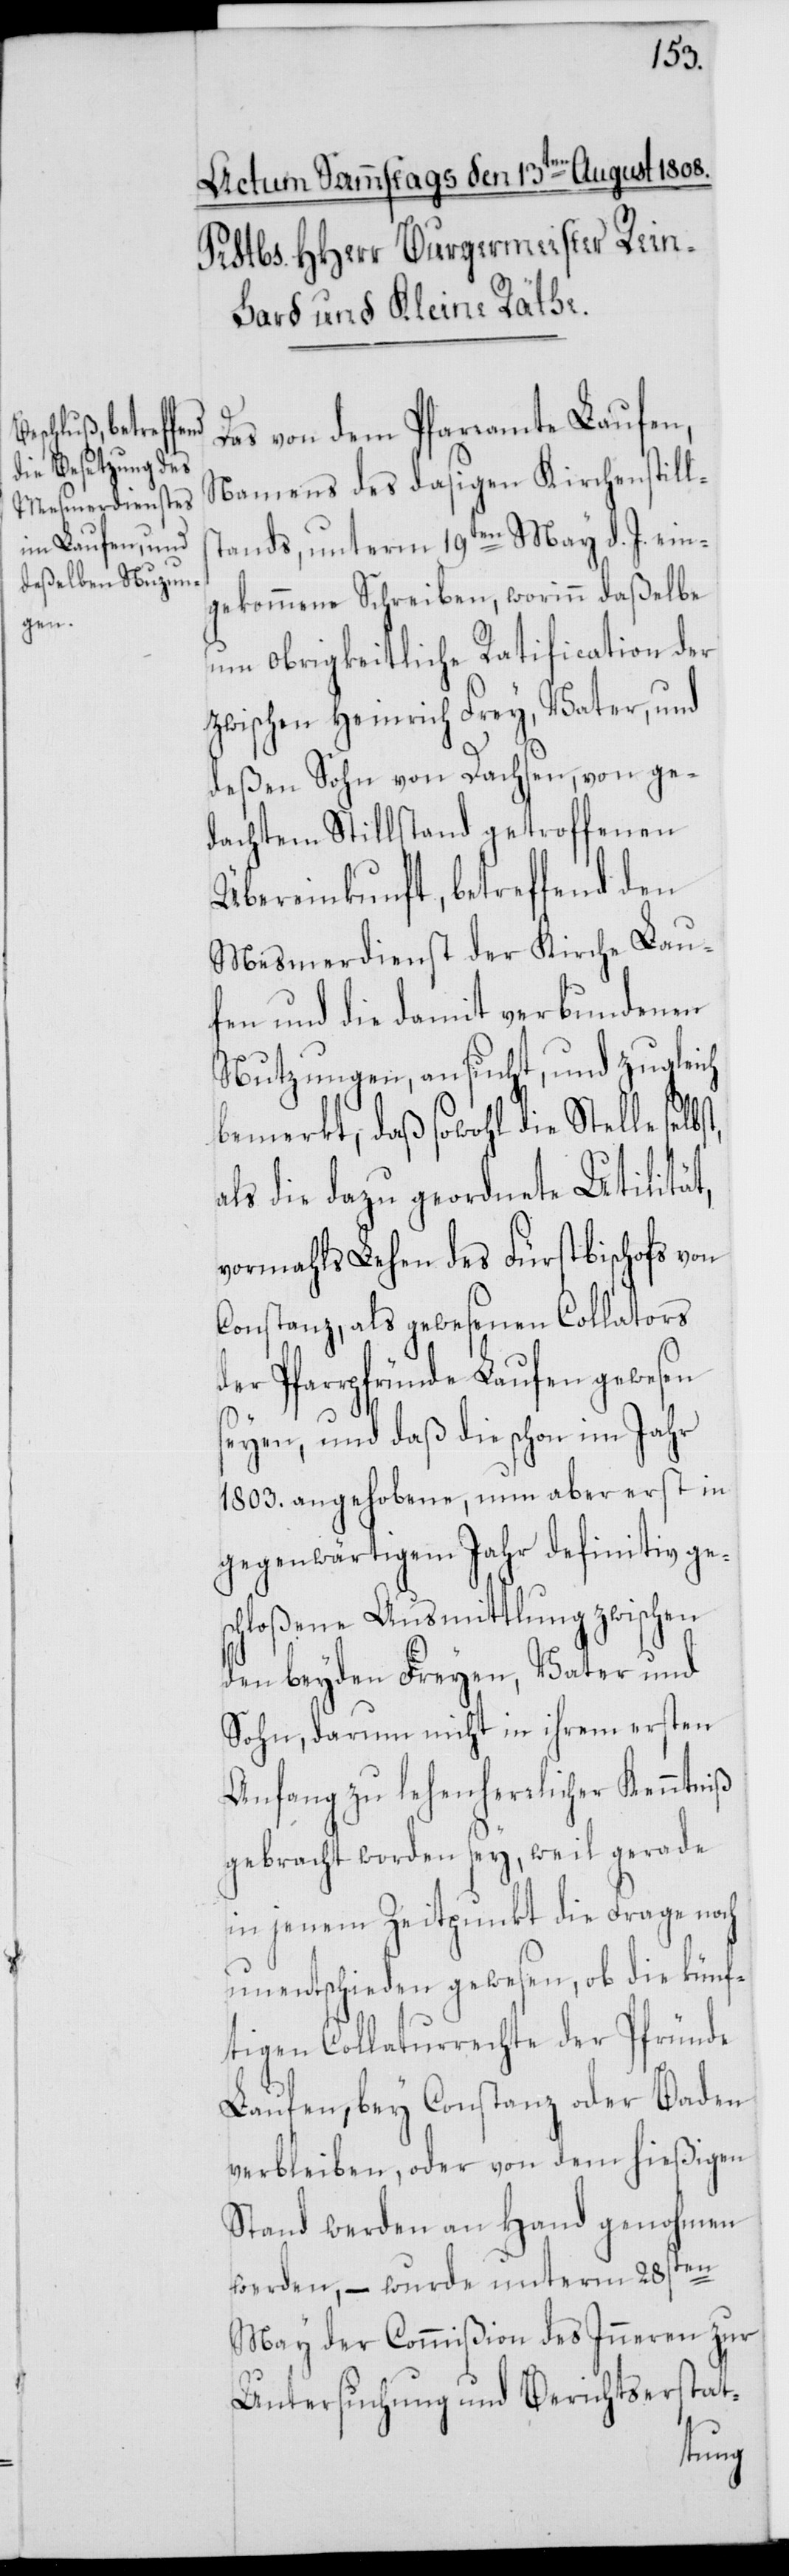
Das von dem Pfarramte Laufen,
Namens des dasigen Kirchenstills¬
tands, unterm 19ten May d. J. ein¬
gekommene Schreiben, worinn daßelbe
um obrigkeitliche Ratification der
zwischen Heinrich Frey, Vater, und
deßen Sohn von Dachsen, von ge¬
dachtem Stillstand getroffenen
Übereinkunft, betreffend den
Mesmerdienst der Kirche Lau¬
fen und die damit verbundenen
Nutzungen, ansucht, und zugleich
bemerkt, daß sowohl die Stelle
als die dazu geordnete Utilität,
vormahls Lehen des Fürstbischofs von
Constanz, als gewesenen Collators
der Pfarrpfründe Laufen gewesen
seyen, und daß die schon im Jahr
1803. angehobene, nun aber erst in
gegenwärtigem Jahr definitiv ge¬
schloßene Ausmittlung zwischen
den beyden Freyen, Vater und
Sohn, darum nicht in ihrem ersten
Anfang zu lehensherrlicher Kenntniß
gebracht worden sey, weil gerade
in jenem Zeitpunkt die Frage noch
unentschieden gewesen, ob die künf¬
tigen Collaturrechte der Pfründe
Laufen, bey Constanz oder Baden
verbleiben, oder von dem hießigen
Stand werden an Hand genohmen
werden, – wurde unterm 28sten
May der Commißion des Inneren zur
Untersuchung und Berichtserstat-